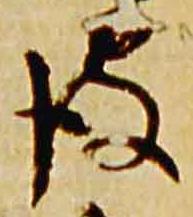
彼